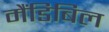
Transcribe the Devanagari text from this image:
मैंडिबिल